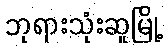
ဘုရားသုံးဆူမြို့